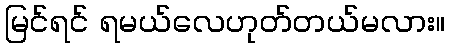
မြင်ရင် ရမယ်လေဟုတ်တယ်မလား။